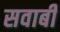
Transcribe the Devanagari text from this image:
सवाबी